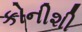
કોનીશી